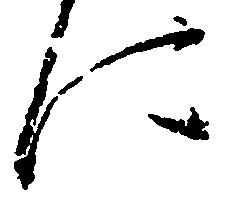
に